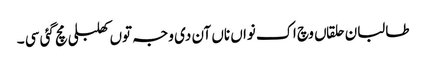
طالبان حلقاں وچ اک نواں ناں آن دی وجہ توں کھلبلی مچ گئی سی ۔